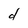
Character: d